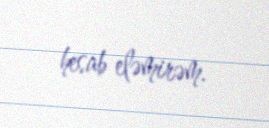
hesab eləmirəm.